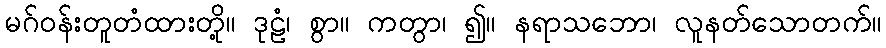
မဂ်ဝန်းတူတံထားတို့။ ဒုဠံ၊ စွာ။ ကတွာ၊ ၍။ နရာသဘော၊ လူနတ်သောတက်။